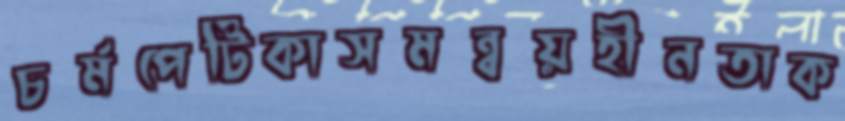
চর্মপেটিকাসমন্বয়হীনতাক